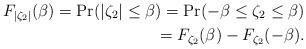
LaTeX: \begin{align*}F_{|\zeta_2|}(\beta)=\Pr(|\zeta_2|\leq \beta)=\Pr(-\beta\leq \zeta_2 \leq \beta)\\= F_{\zeta_2}(\beta)-F_{\zeta_2}(-\beta).\end{align*}